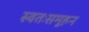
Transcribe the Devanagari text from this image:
स्वतःसमूहन